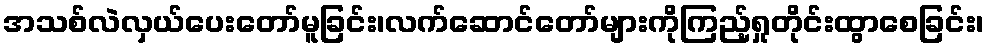
အသစ်လဲလှယ်ပေးတော်မူခြင်း၊လက်ဆောင်တော်များကိုကြည့်ရှုတိုင်းထွာစေခြင်း၊